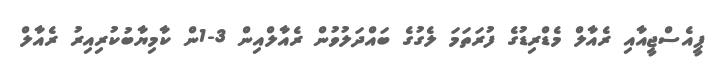
ޕީއެސްޖީއާއި ރެއާލް މެޑްރިޑުގެ ފުރަތަމަ ލެގުގެ ބައްދަލުވުން ރެއާލްއިން 3-1ން ކާމިޔާބުކުރިއިރު ރެއާލް